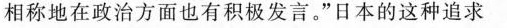
相称地在政治方面也有积极发言。”日本的这种追求